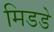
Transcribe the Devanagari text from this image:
मिडडे